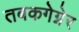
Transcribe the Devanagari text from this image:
तबकगेग्नेर